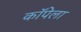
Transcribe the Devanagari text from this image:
कॉपेला